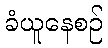
ခံယူနေစဉ်